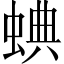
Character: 𧌎